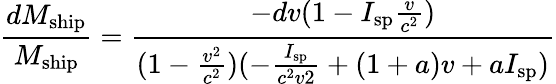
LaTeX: {\frac{dM_{\mathrm{ship}}}{M_{\mathrm{ship}}}}={\frac{-dv(1-I_{\mathrm{sp}}{\frac{v}{c^{2}}})}{(1-{\frac{v^{2}}{c^{2}}})(-{\frac{I_{\mathrm{sp}}}{c^{2}v2}}+(1+a)v+aI_{\mathrm{sp}})}}